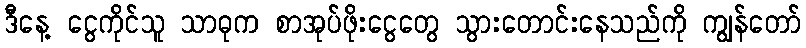
ဒီနေ့ ငွေကိုင်သူ သာဓုက စာအုပ်ဖိုးငွေတွေ သွားတောင်းနေသည်ကို ကျွန်တော်